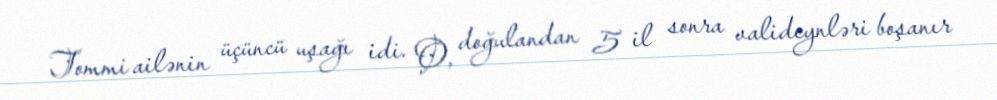
Tommi ailənin üçüncü uşağı idi. O, doğulandan 5 il sonra valideynləri boşanır